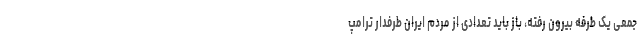
جمعی یک طرفه بیرون رفته، باز باید تعدادی از مردم ایران طرفدار ترامپ